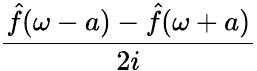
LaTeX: \frac{{\hat{f}}(\omega-a)-{\hat{f}}(\omega+a)}{2i}